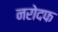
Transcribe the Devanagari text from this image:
नरोदफ